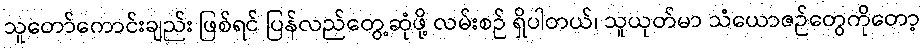
သူတော်ကောင်းချည်း ဖြစ်ရင် ပြန်လည်တွေ့ဆုံဖို့ လမ်းစဉ် ရှိပါတယ်၊ သူယုတ်မာ သံယောဇဉ်တွေကိုတော့